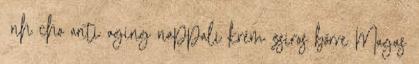
ảnh cho anti aging nappali krém zsíros bőrre Magas